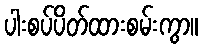
ပါးစပ်ပိတ်ထားစမ်းကွာ။